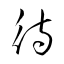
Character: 待